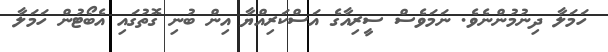
ހަމަލާ ދިނުމުންނެވެ. ނަމަވެސް ސީރިއާގެ އަސްކަރިއްޔާ އިން ބުނި ގޮތުގައި އެބޯޓުން ހަމަލާ